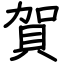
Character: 賀